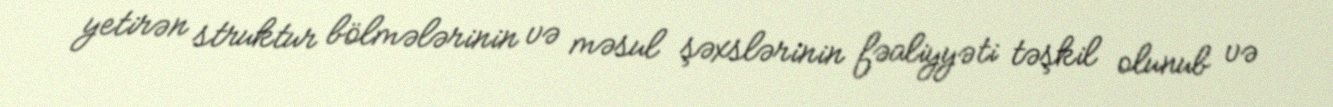
yetirən struktur bölmələrinin və məsul şəxslərinin fəaliyyəti təşkil olunub və